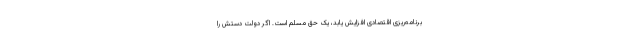
برنامه‌ریزی اقتصادی افزایش یابد، یک حق مسلّم است. اگر دولت دستش را